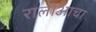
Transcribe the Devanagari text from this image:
रालोआचा